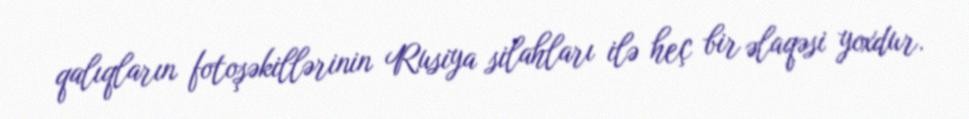
qalıqların fotoşəkillərinin Rusiya silahları ilə heç bir əlaqəsi yoxdur.